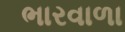
ભારવાળા